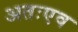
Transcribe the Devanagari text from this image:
अतःएव